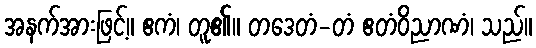
အနက်အားဖြင့်။ ဧကံ၊ တူ၏။ တဒေတံ-တံ ဧတံဝိညာဏံ၊ သည်။